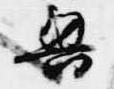
興